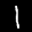
Label: 1